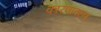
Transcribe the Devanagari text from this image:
कारणावरुण